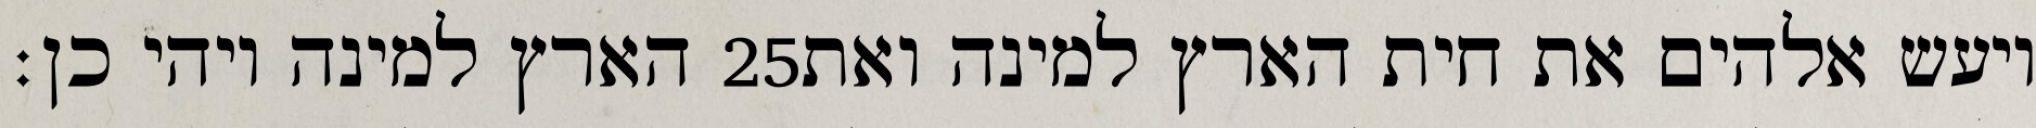
הארץ למינה ויהי כן׃ ‎25‏ ויעש אלהים את חית הארץ למינה ואת